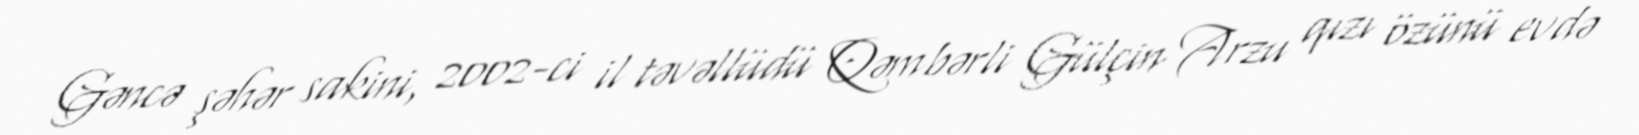
Gəncə şəhər sakini, 2002-ci il təvəllüdü Qəmbərli Gülçin Arzu qızı özünü evdə